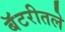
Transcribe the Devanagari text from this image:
बॅटरीतले